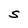
Character: S